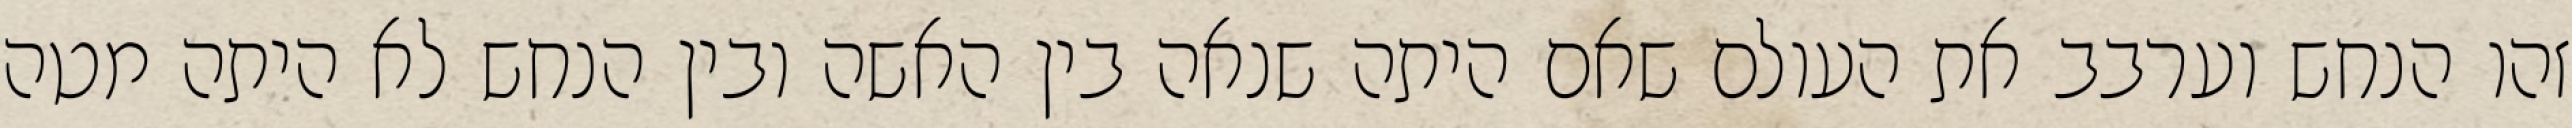
זהו הנחש וערבב את העולם שאם היתה שנאה בין האשה ובין הנחש לא היתה מטה